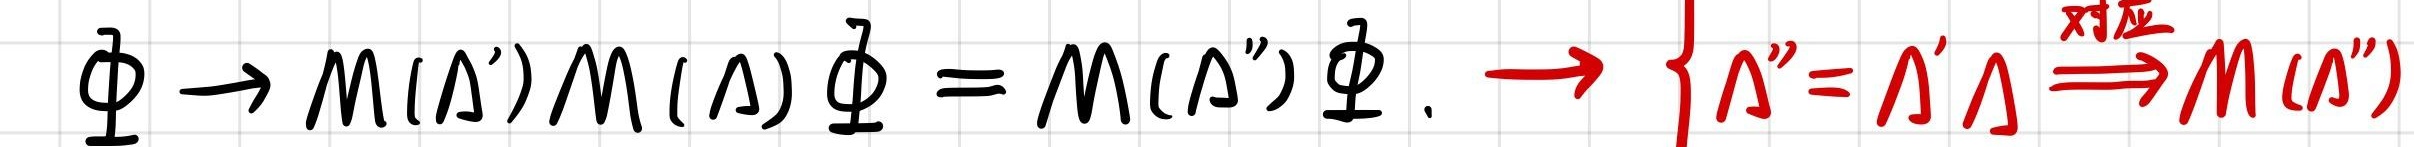
$\Phi \to M(\Lambda')M(\Lambda)\Phi = M(\Lambda'')\Phi. \to \left\{\Lambda''=\Lambda'\Lambda \stackrel{对应}{\Longrightarrow}M(\Lambda'')\right.$